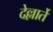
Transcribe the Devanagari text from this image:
देल्लार्ते